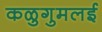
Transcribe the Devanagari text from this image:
कळुगुमलई